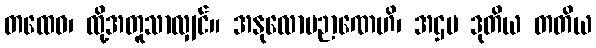
တထေဝ၊ ထို့အတူသာလျှင်။ အနုလောမဉာဏေဟိ၊ အဌမ ဒုတိယ တတိယ